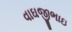
વાઘજીભાઇ